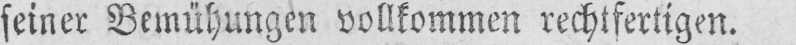
seiner Bemühungen vollkommen rechtfertigen.